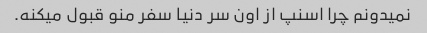
نمیدونم چرا اسنپ از اون سر دنیا سفر منو قبول میکنه.